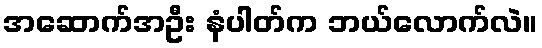
အဆောက်အဦး နံပါတ်က ဘယ်လောက်လဲ။